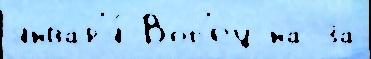
январ'я́ Воп'ец на за